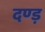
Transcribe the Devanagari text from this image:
दण्ड़